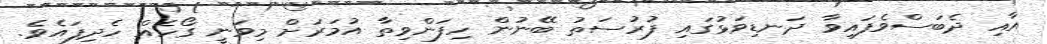
އާއި ދެބަސްވެފައިވާ ދަނޑިވަޅުގައި ފުރުސަތު ބޭނުން ހިފަންވިތާ އުމަރަށް މިވަނީ ގޯހެއް ހެދިފައެވެ.